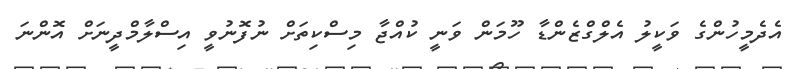
އެދެމީހުންގެ ވަކީލު އެލްގްޒެންޑާ ހޫމަން ވަނީ ކުއްޖާ މިސްކިތަށް ނުފޮނުވީ އިސްލާމްދީނަށް އޮންނަ